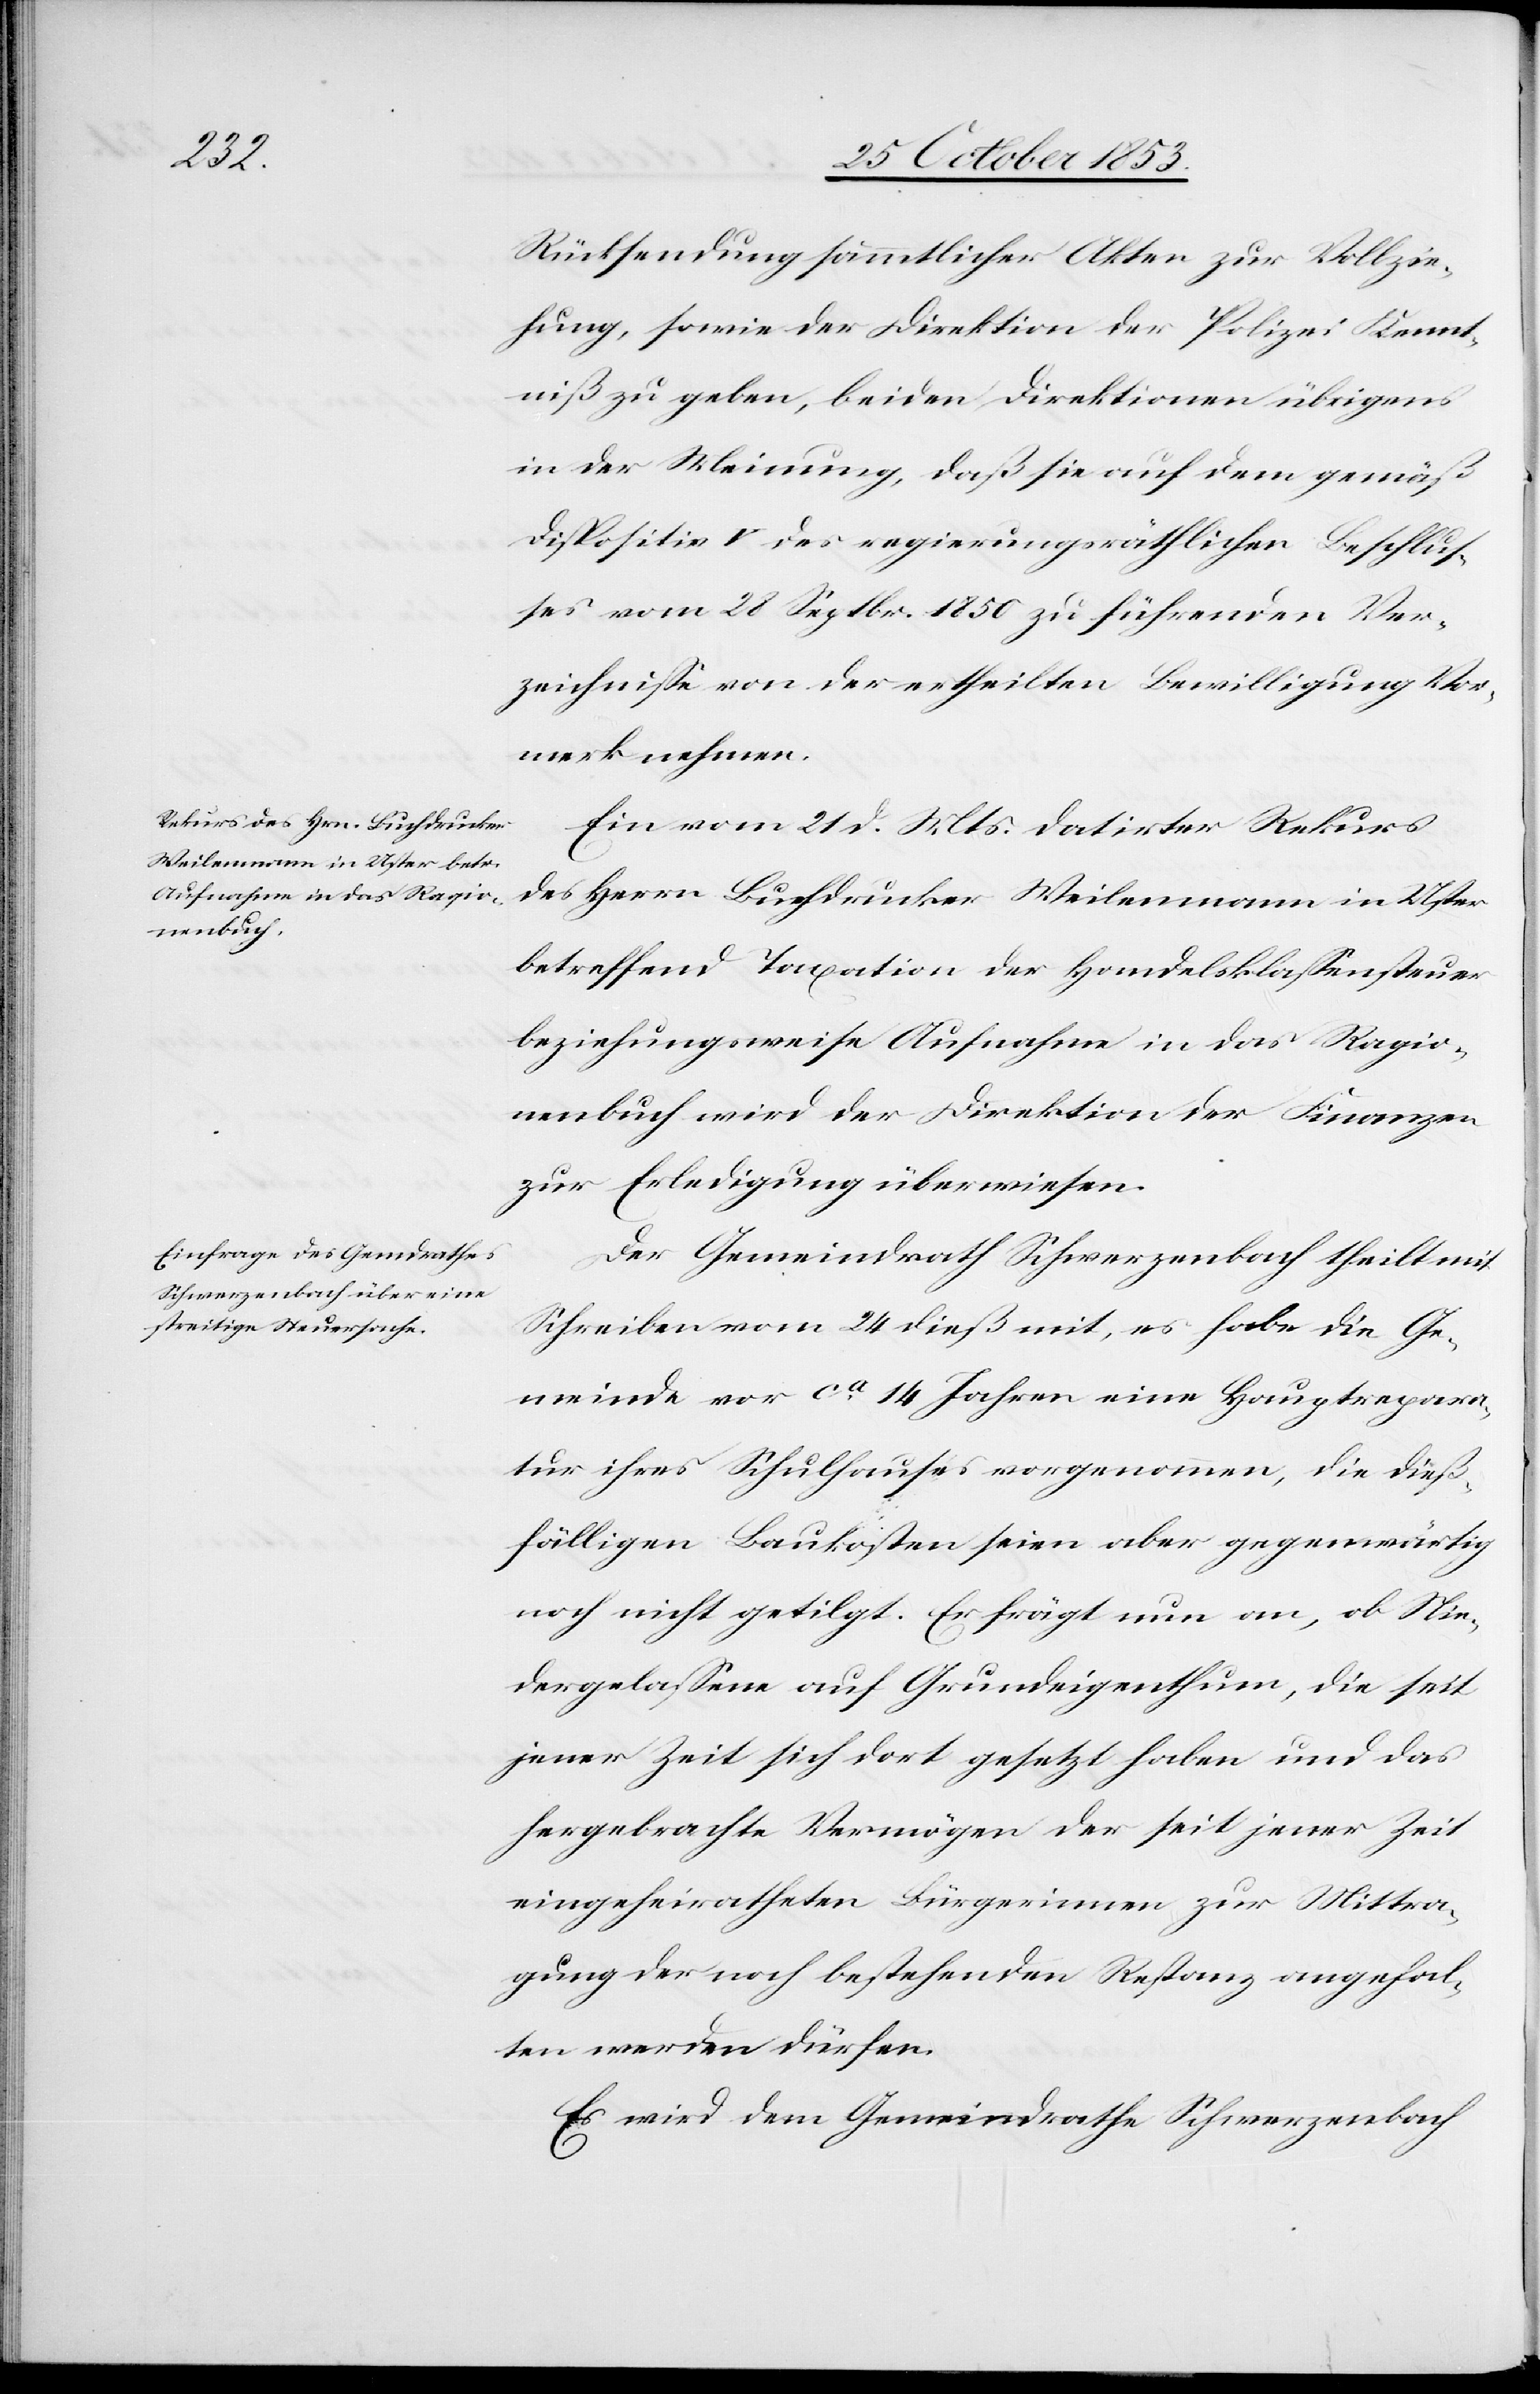
Rücksendung sämmtlicher Akten zur Vollzie¬
hung, sowie der Direktion der Polizei Kennt¬
niß zu geben, beiden Direktionen übrigens
in der Meinung, daß sie auch dem gemäß
Dispositiv V des regierungsräthlichen Beschlus¬
ses vom 28 Septbr. 1850 zu führenden Ver¬
zeichniße von der ertheilten Bewilligung Vor¬
merk nehmen.
Ein vom 21 d. Mts. datirter Rekurs
des Herrn Buchdrucker Weilenmann in Uster
betreffend Taxation der Handelsklaßensteuer
beziehungsweise Aufnahme in das Ragio¬
nenbuch wird der Direktion der Finanzen
zur Erledigung überwiesen.
Der Gemeindrath Schwerzenbach theilt mit
Schreiben vom 24 dieß mit, es habe die Ge¬
meinde vor ca 14 Jahren eine Hauptrepara¬
tur ihres Schulhauses vorgenommen, die dieß¬
fälligen Baukosten seien aber gegenwärtig
noch nicht getilgt. Er frägt nun an, ob Nie¬
dergelaßene auf Grundeigenthum, die seit
jener Zeit sich dort gesetzt haben und das
hergebrachte Vermögen der seit jener Zeit
eingeheiratheten Bürgerinnen zur Mittra¬
gung der noch bestehenden Restanz angehal¬
ten werden dürfen.
Es wird dem Gemeindrathe Schwerzenbach